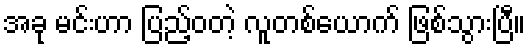
အခု မင်းဟာ ပြည့်ဝတဲ့ လူတစ်ယောက် ဖြစ်သွားပြီ။